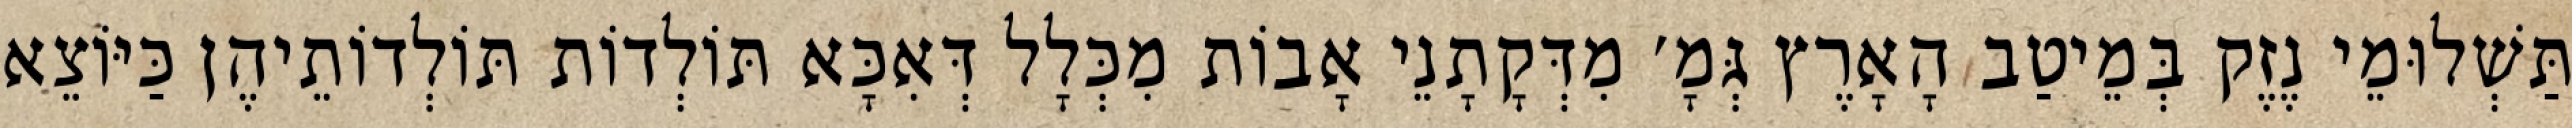
תַּשְׁלוּמֵי נֶזֶק בְּמֵיטַב הָאָרֶץ גְּמָ׳ מִדְּקָתָנֵי אָבוֹת מִכְּלָל דְּאִכָּא תּוֹלְדוֹת תּוֹלְדוֹתֵיהֶן כַּיּוֹצֵא